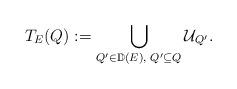
LaTeX: \begin{align*}T_E(Q):=\bigcup_{Q'\in{\mathbb{D}}(E),\,\,Q'\subseteq Q}{\mathcal{U}}_{Q'}.\end{align*}